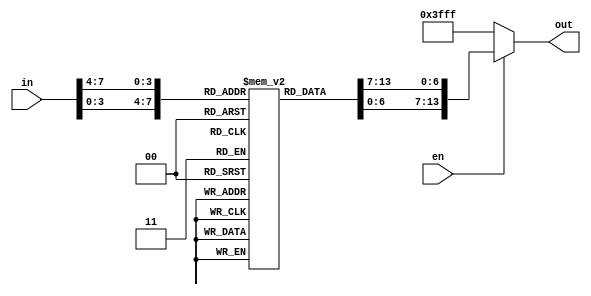
module hex_decoder(en, in, out);
	input en;
	input [7:0]in;
	output reg [13:0] out;
	reg [6:0] NUM [15:0];
	initial begin
		NUM[0] = 7'b1000000;
		NUM[1] = 7'b1111001;
		NUM[2] = 7'b0100100;
		NUM[3] = 7'b0110000;
		NUM[4] = 7'b0011001;
		NUM[5] = 7'b0010010;
		NUM[6] = 7'b0000010;
		NUM[7] = 7'b1111000;
		NUM[8] = 7'b0000000;
		NUM[9] = 7'b0010000;
		NUM[10] = 7'b0001000;
		NUM[11] = 7'b0000011;
		NUM[12] = 7'b1000110;
		NUM[13] = 7'b0100001;
		NUM[14] = 7'b0000110;
		NUM[15] = 7'b0001110;
	end
	
	always @ (in) begin
		if(en) out = {NUM[in[7:4]], NUM[in[3:0]]};
		else out = 14'b11111111111111;
	end
endmodule